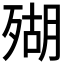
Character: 𱥒